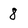
Character: 8